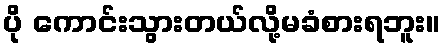
ပို ကောင်းသွားတယ်လို့မခံစားရဘူး။